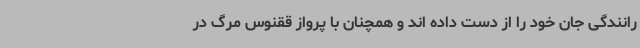
رانندگی جان خود را از دست داده اند و همچنان با پرواز ققنوس مرگ در